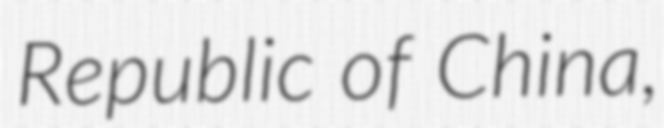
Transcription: Republic of China,